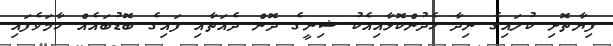
ފިޔާތޮށި ކުލައިގެ ނިދާ ހެދުންކޮޅާއިއެކު ޝިނީގެ ދޮން ދެއަތާއި ފައިގެ ބޮޑުބައެއް ހާމަވެފައި